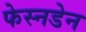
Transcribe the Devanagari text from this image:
फेस्नडेन